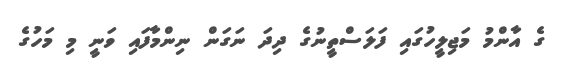
ގެ އާންމު މަޖިލީހުގައި ފަލަސްތީނުގެ ދިދަ ނަގަން ނިންމާފައި ވަނީ މި މަހުގެ